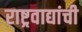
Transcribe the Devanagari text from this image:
राष्ट्रवाद्यांची